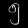
Digit: ၅